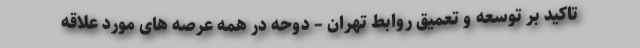
تاکید بر توسعه و تعمیق روابط تهران – دوحه در همه عرصه های مورد علاقه